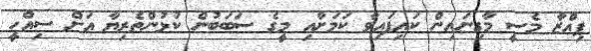
ޕިއްޒާ މެސީ މާގިނައިން ކައިފައިވާ ކަމަށާއި މީގެ ސަބަބުން ކުޅުންތެރިޔާ އަށް ސިއްހީ